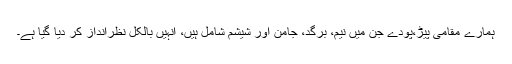
ہمارے مقامی پیڑ،پودے جن میں نیم، برگد، جامن اور شیشم شامل ہیں، انہیں بالکل نظرانداز کر دیا گیا ہے۔